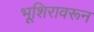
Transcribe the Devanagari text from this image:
भूशिरावरून